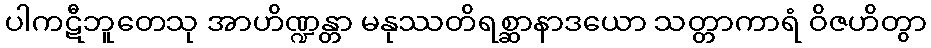
ပါကဋီဘူတေသု အာဟိဏ္ဍန္တာ မနုဿတိရစ္ဆာနာဒယော သတ္တာကာရံ ဝိဇဟိတွာ